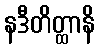
နဒီတိတ္ထာနိ